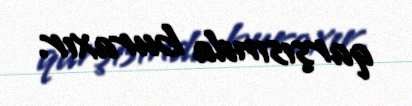
qarşısında buraxır.